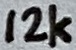
Text: 12k